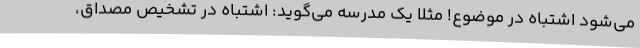
می‌شود اشتباه در موضوع! مثلاً یک مدرسه می‌گوید: اشتباه در تشخیص مصداق،